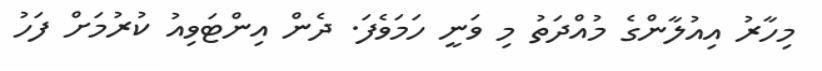
މިހާރު އިއުލާންގެ މުއްދަތު މި ވަނީ ހަމަވެފަ. ދެން އިންޓަވިއު ކުރުމަށް ފަހު